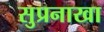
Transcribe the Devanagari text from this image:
सुप्रनाखा